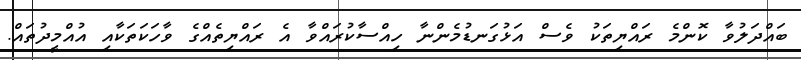
ބައްދަލުވާ ކޮންމެ ރައްޔިތަކު ވެސް އަޅުގަނޑުމެންނާ ހިއްސާކުރައްވާ އެ ރައްޔިތެއްގެ ވާހަކަތަކާއި އުއްމީދުތައް.